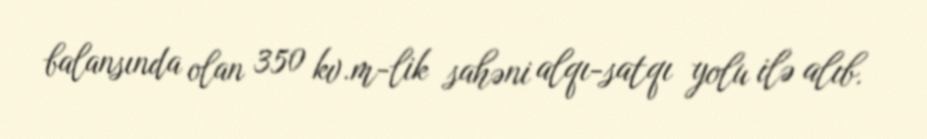
balansında olan 350 kv.m-lik sahəni alqı-satqı yolu ilə alıb.